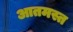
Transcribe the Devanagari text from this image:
आतमस्त